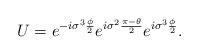
LaTeX: \begin{align*}U = e^{-i{\sigma}^{3} \frac{\phi}{2}} e^{i {\sigma}^{2} \frac{\pi-\theta}{2}}e^{i{\sigma}^{3} \frac{\phi}{2}}.\end{align*}